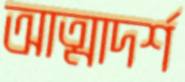
আত্মাদর্শ